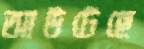
আউটেছে